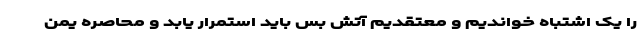
را یک اشتباه خواندیم و معتقدیم آتش بس باید استمرار یابد و محاصره یمن